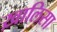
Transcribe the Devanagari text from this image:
ख़ालिसा